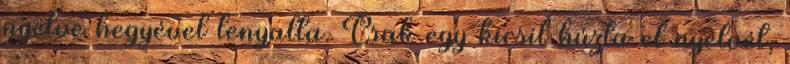
nyelve hegyével lenyalta. Csak egy kicsit húzta el nyelvét,